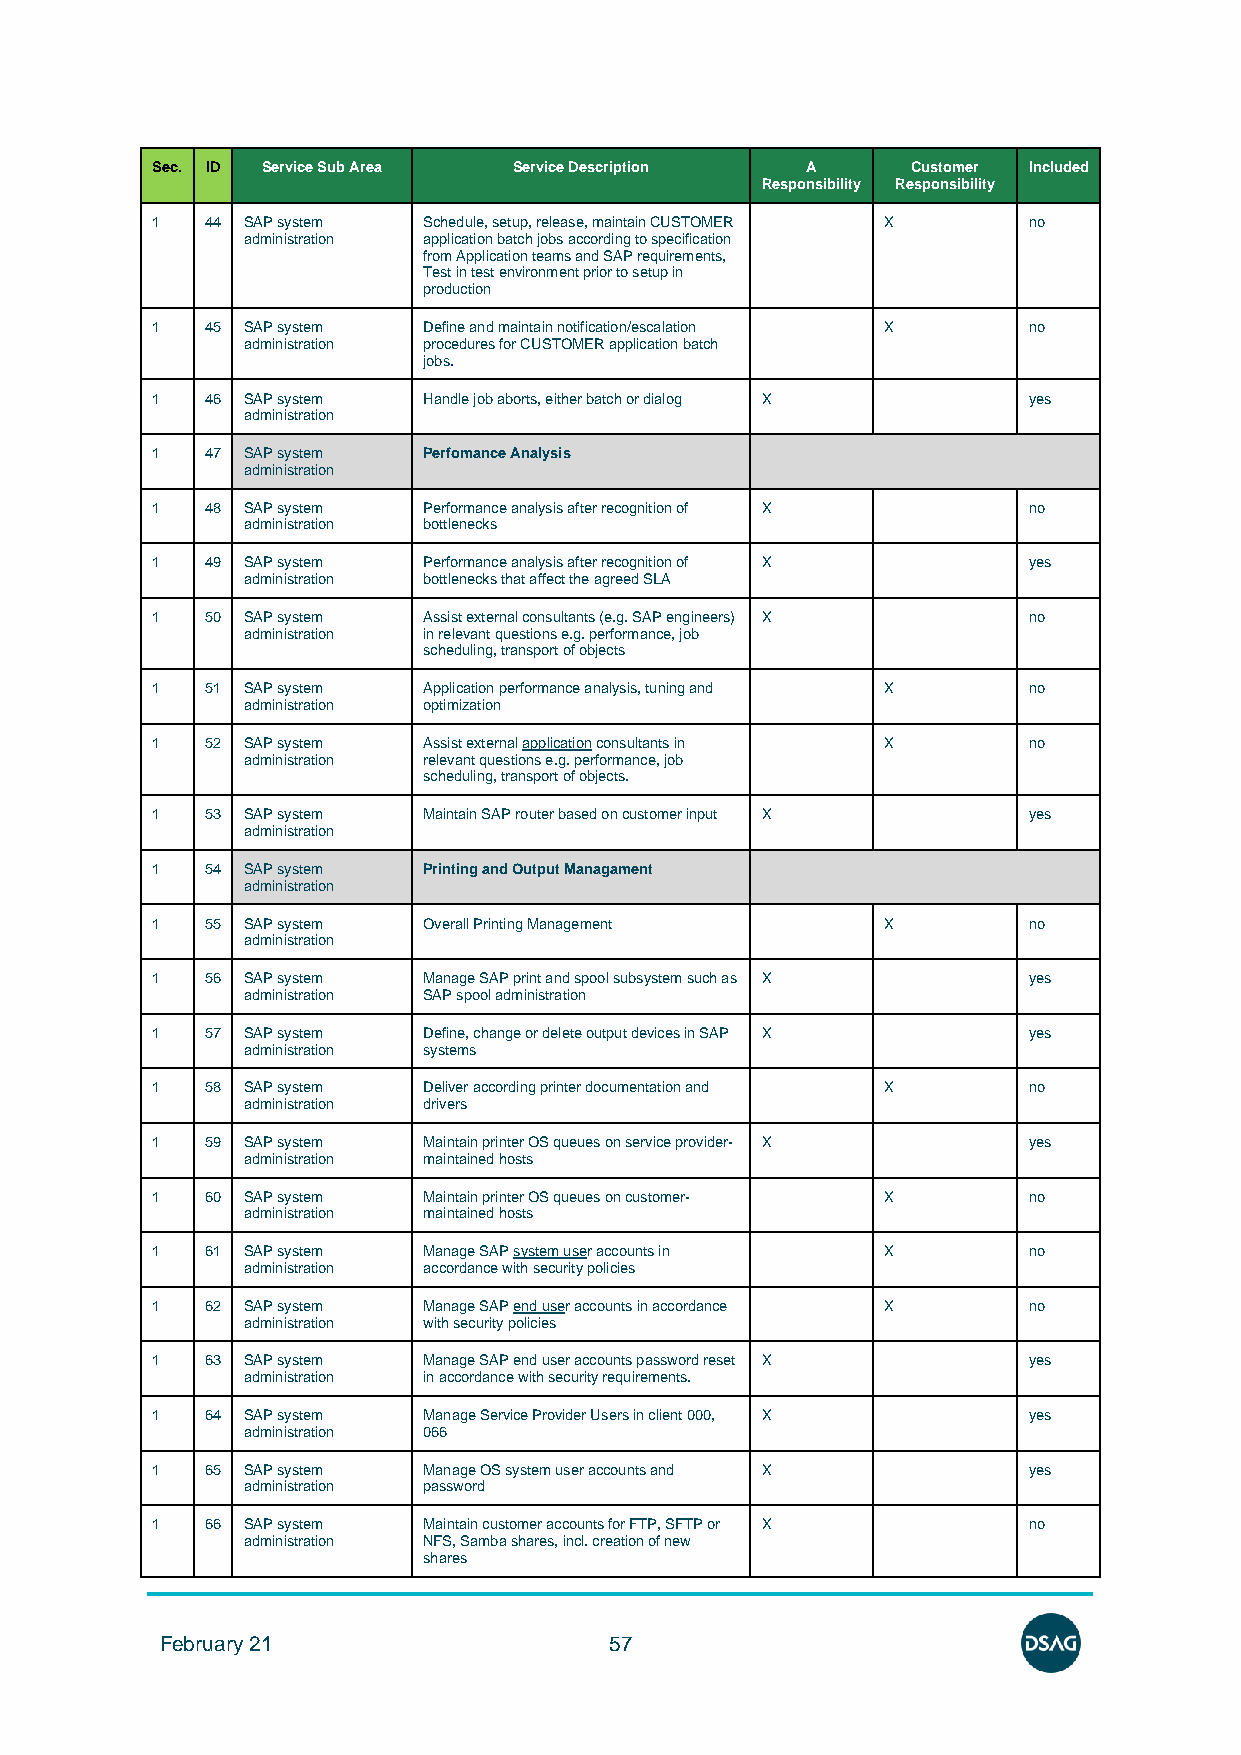
Sec. ID Service Sub Area Service Description A    Customer Included
 Responsibility Responsibility
 1   44 SAP system Schedule, setup, release, maintain CUSTOMER X no
 administration application batch jobs according to specification
 from Application teams and SAP requirements,
 Test in test environment prior to setup in
 production
 1   45 SAP system Define and maintain notification/escalation X no
 administration procedures for CUSTOMER application batch
 jobs.
 1   46 SAP system Handle job aborts, either batch or dialog X yes
 administration
 1   47 SAP system Perfomance Analysis
 administration
 1   48 SAP system Performance analysis after recognition of X no
 administration bottlenecks
 1   49 SAP system Performance analysis after recognition of X yes
 administration bottlenecks that affect the agreed SLA
 1   50 SAP system Assist external consultants (e.g. SAP engineers) X no
 administration in relevant questions e.g. performance, job
 scheduling, transport of objects
 1   51 SAP system Application performance analysis, tuning and X no
 administration optimization
 1   52 SAP system Assist external application consultants in X no
 administration relevant questions e.g. performance, job
 scheduling, transport of objects.
 1   53 SAP system Maintain SAP router based on customer input X yes
 administration
 1   54 SAP system Printing and Output Managament
 administration
 1   55 SAP system Overall Printing Management   X         no
 administration
 1   56 SAP system Manage SAP print and spool subsystem such as X yes
 administration SAP spool administration
 1   57 SAP system Define, change or delete output devices in SAP X yes
 administration systems
 1   58 SAP system Deliver according printer documentation and X no
 administration drivers
 1   59 SAP system Maintain printer OS queues on service provider- X yes
 administration maintained hosts
 1   60 SAP system Maintain printer OS queues on customer- X no
 administration maintained hosts
 1   61 SAP system Manage SAP system user accounts in X    no
 administration accordance with security policies
 1   62 SAP system Manage SAP end user accounts in accordance X no
 administration with security policies
 1   63 SAP system Manage SAP end user accounts password reset X yes
 administration in accordance with security requirements.
 1   64 SAP system Manage Service Provider Users in client 000, X yes
 administration 066
 1   65 SAP system Manage OS system user accounts and X    yes
 administration password
 1   66 SAP system Maintain customer accounts for FTP, SFTP or X no
 administration NFS, Samba shares, incl. creation of new
 shares
 February 21                  57